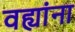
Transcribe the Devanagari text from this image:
वह्यांना